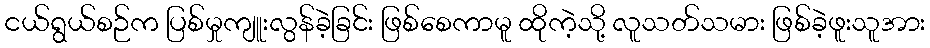
ငယ်ရွယ်စဉ်က ပြစ်မှုကျူးလွန်ခဲ့ခြင်း ဖြစ်စေကာမူ ထိုကဲ့သို့ လူသတ်သမား ဖြစ်ခဲ့ဖူးသူအား